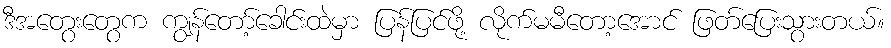
ဒီအတွေးတွေက ကျွန်တော့်ခေါင်းထဲမှာ ပြန်ပြင်ဖို့ လိုက်မမီတော့အောင် ဖြတ်ပြေးသွားတယ်။